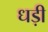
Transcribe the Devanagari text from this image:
धड़ी